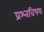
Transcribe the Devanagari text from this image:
प्रश्नविषय